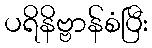
ပရိနိဗ္ဗာန်စံပြီး